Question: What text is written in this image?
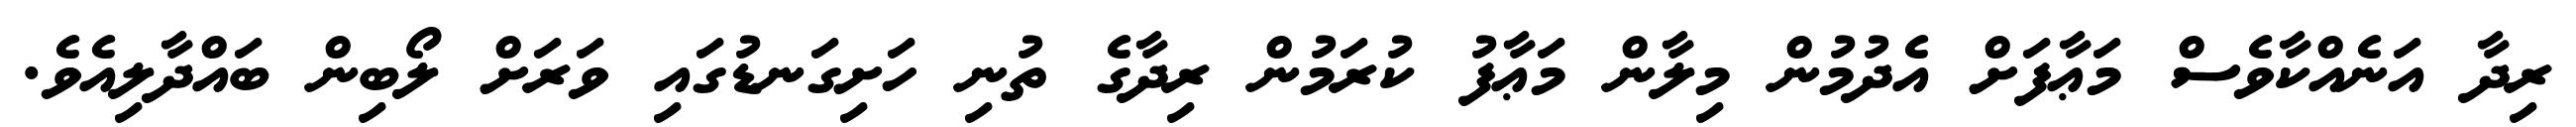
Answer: ރިދާ އަނެއްކާވެސް މަޢާފަށް އެދުމުން މިލާން މަޢާފު ކުރަމުން ރިދާގެ ތުނި ހަށިގަނޑުގައި ވަރަށް ލޯބިން ބައްދާލިއެވެ.